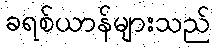
ခရစ်ယာန်များသည်